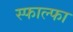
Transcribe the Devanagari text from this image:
स्फाल्फा